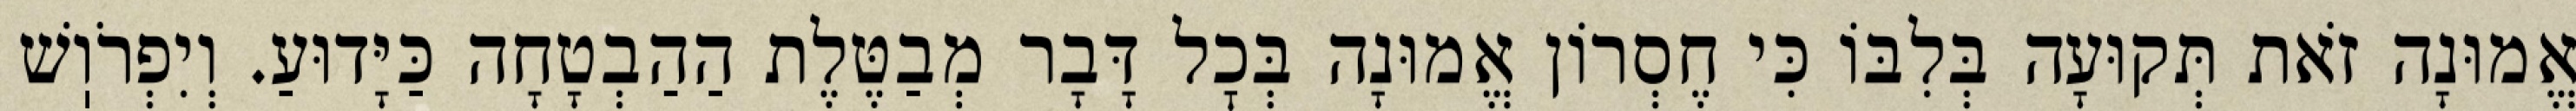
אֱמוּנָה זֹאת תְּקוּעָה בְּלִבּוֹ כִּי חֶסְרוֹן אֱמוּנָה בְּכׇל דָּבָר מְבַטֶּלֶת הַהַבְטָחָה כַּיָּדוּעַ. וְיִפְרֹוֽשׁ